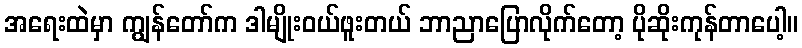
အရေးထဲမှာ ကျွန်တော်က ဒါမျိုးဝယ်ဖူးတယ် ဘာညာပြောလိုက်တော့ ပိုဆိုးကုန်တာပေါ့။